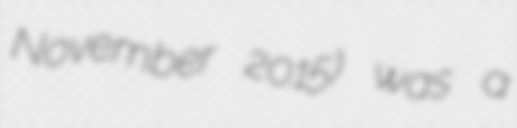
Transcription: November 2015) was a